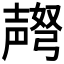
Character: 𫯅